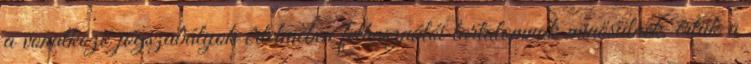
a vonatkozó jogszabályok értelmében felhasználói tartalomnak minősülnek, értük a